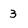
Character: 3